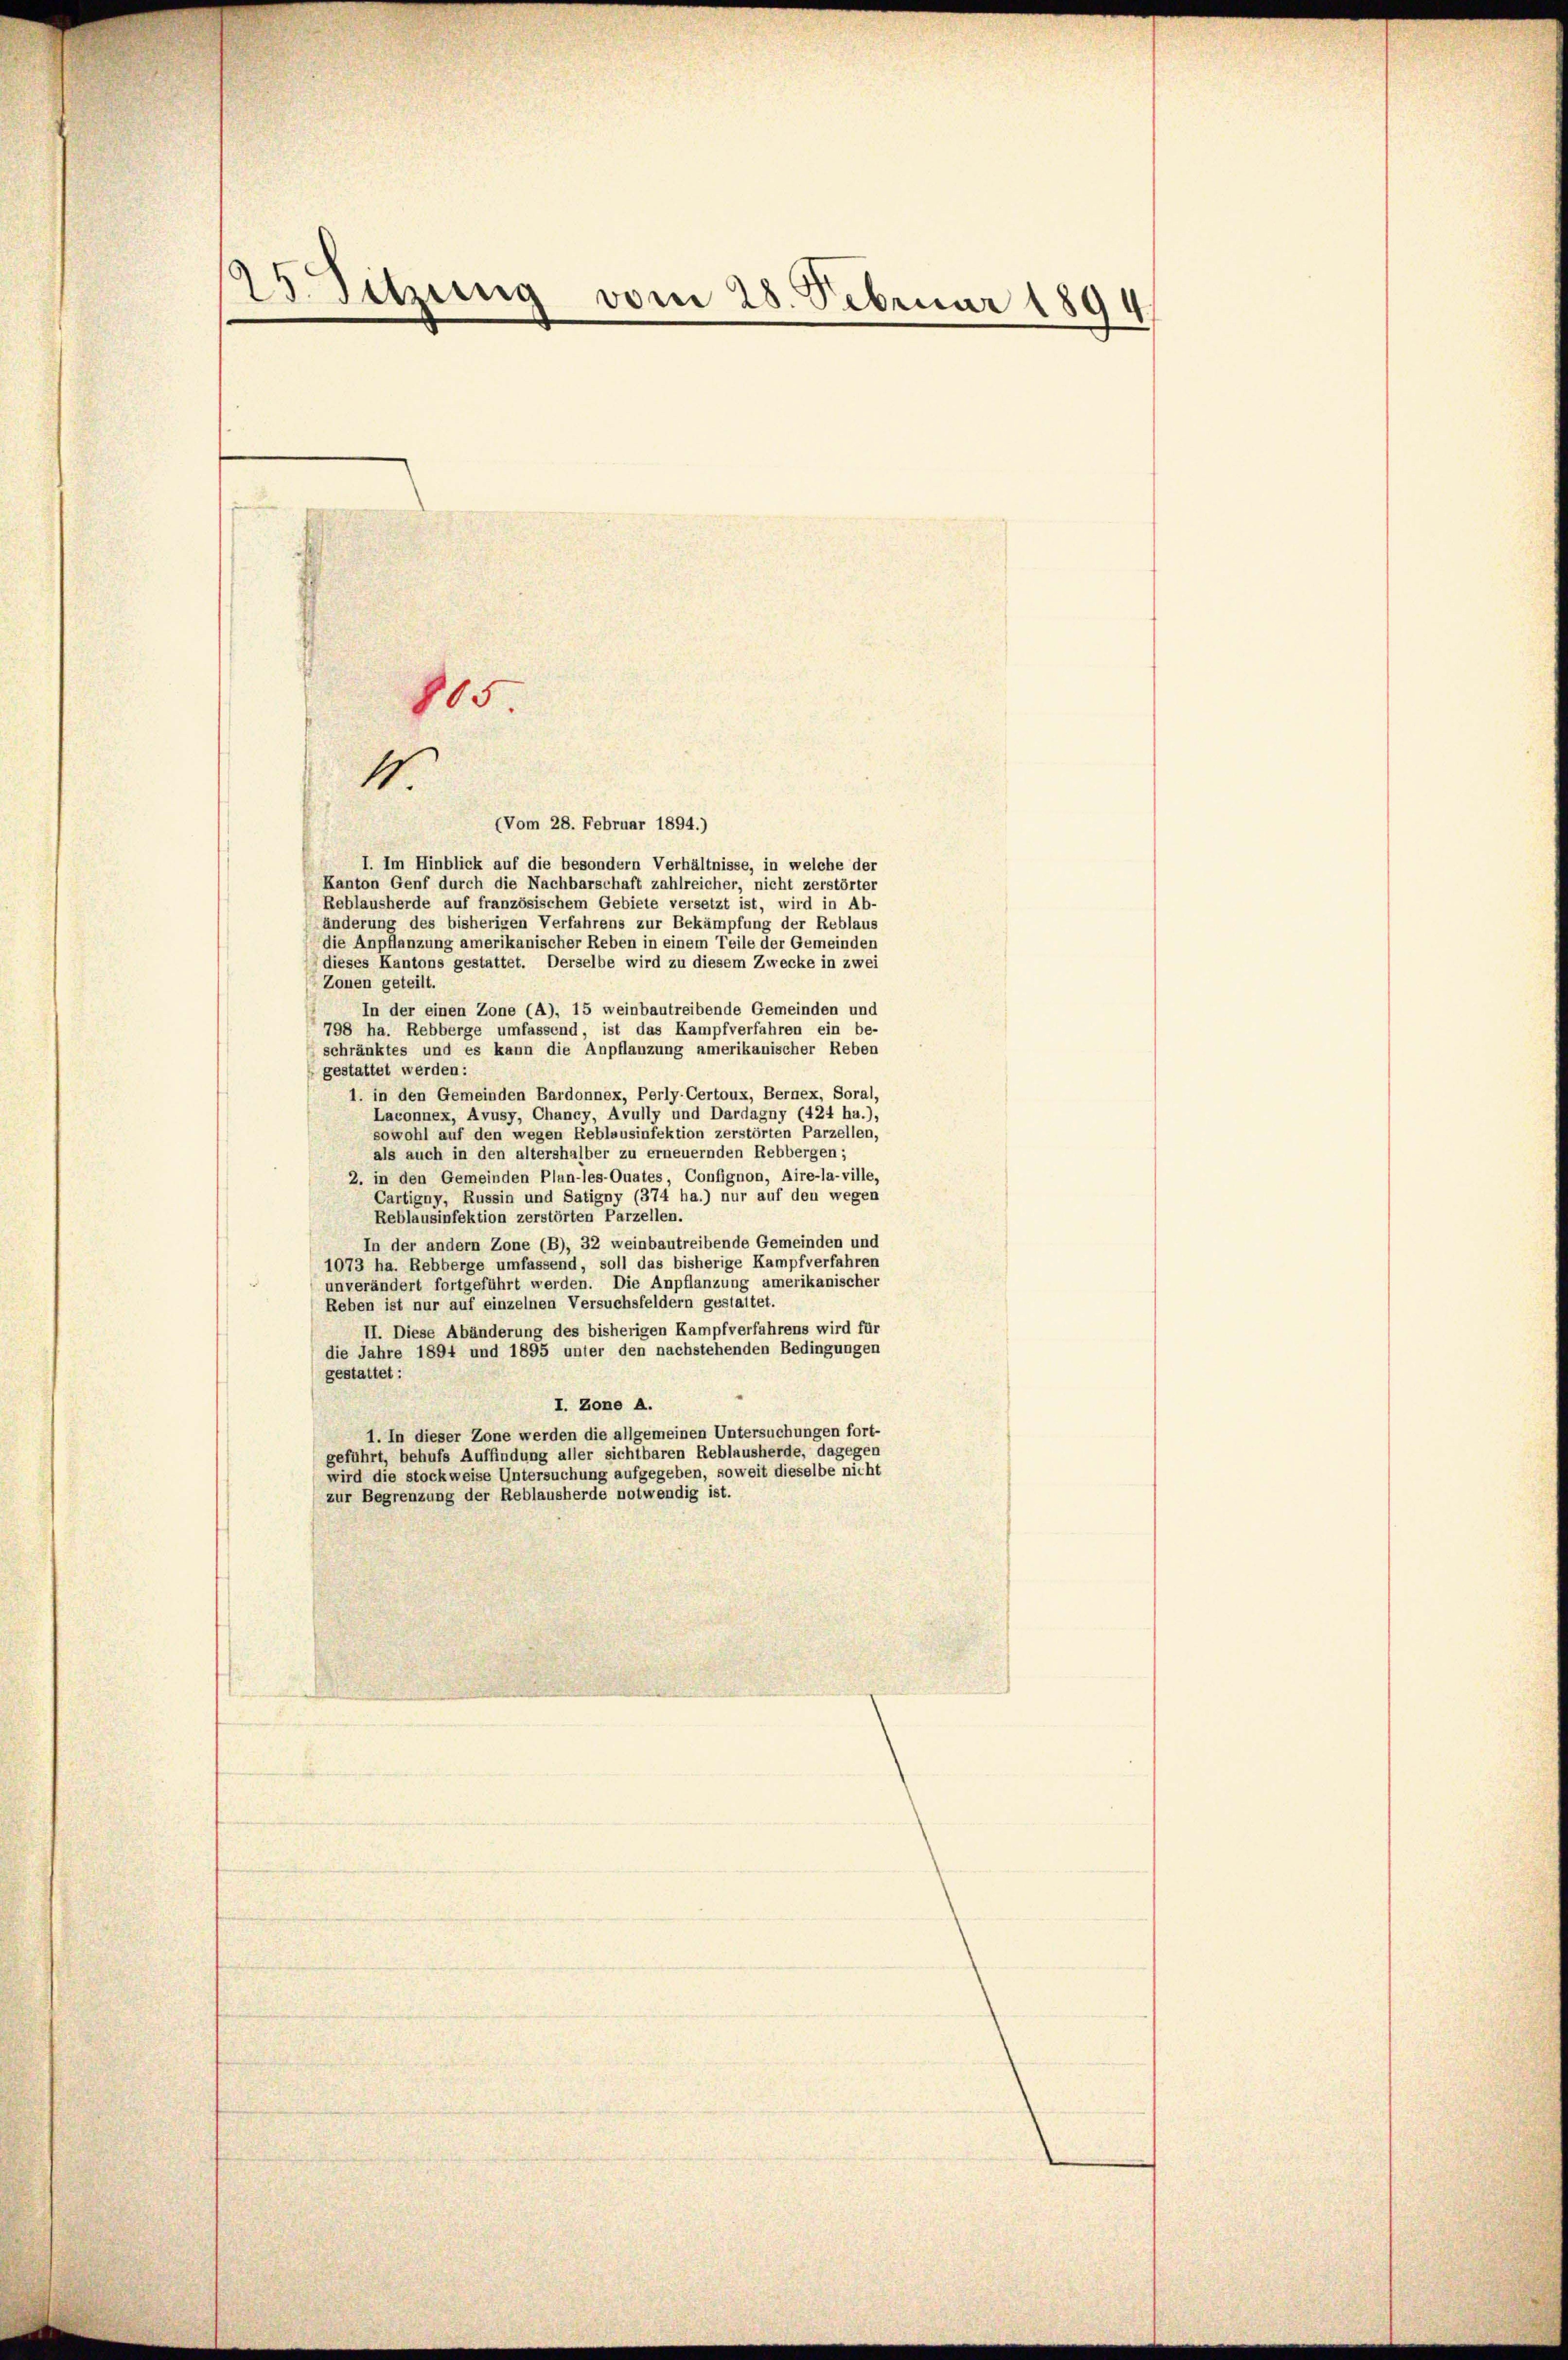
25. Sitzung vom 28. Februar 1894

805.
4.
(Vom 28. Februar 1894.)

I. Im Hinblick auf die besondern Verhältnisse, in welche der
Kanton Genf durch die Nachbarschaft zahlreicher, nicht zerstörter
Reblausherde auf französischem Gebiete versetzt ist, wird in Ab-
änderung des bisherigen Verfahrens zur Bekämpfung der Reblaus
die Anpflanzung amerikanischer Reben in einem Teile der Gemeinden
dieses Kantons gestattet. Derselbe wird zu diesem Zwecke in zwei
Zonen geteilt.
In der einen Zone (a), 15 weinbautreibende Gemeinden und
798 ha. Rebberge umfassend, ist das Kampfverfahren ein be-
schränktes und es kann die Anpflanzung amerikanischer Reben
gestattet werden:
1. in den Gemeinden Bardonnex, Perly-Certoux, Bernex, Soral,
Laconnex, Avusy, Chancy, Avully und Dardagny (424 ha.),
sowohl auf den wegen Reblausinfektion zerstörten Parzellen,
als auch in den altershalber zu erneuernden Rebbergen;
2. in den Gemeinden Plun-les-Quates, Confignon, Aire-la-ville,
Cartigny, Russin und Satigny (374 ha.) nur auf den wegen
Reblausinfektion zerstörten Parzellen.
In der andern Zone (B), 32 weinbautreibende Gemeinden und
1073 ha. Rebberge umfassend, soll das bisherige Kampfverfahren
unverändert fortgeführt werden. Die Anpflanzung amerikanischer
Reben ist nur auf einzelnen Versuchsfeldern gestattet.
II. Diese Abänderung des bisherigen Kampfverfahrens wird für
die Jahre 1894 und 1895 unter den nachstehenden Bedingungen
gestattet:
I. Zone A.
1. In dieser Zone werden die allgemeinen Untersuchungen fort-
geführt, behufs Auffindung aller sichtbaren Reblausherde, dagegen
wird die stockweise Untersuchung aufgegeben, soweit dieselbe nicht
zur Begrenzung der Reblausherde notwendig ist.